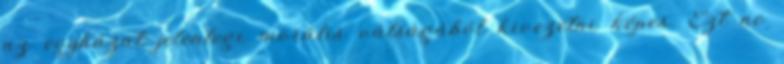
az egyházat jelenlegi morális válságából kivezetni képes. Ezt ne